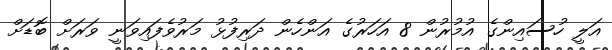
އަލީ ހުސައިންގެ އުމުރުން 8 އަހަރުގެ އަންހެން ދަރިފުޅު މަރުވެފައިވަނީ ވަރަށް ބޮޑަށް